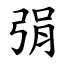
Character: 弲